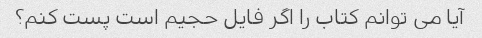
آیا می توانم کتاب را اگر فایل حجیم است پست کنم؟